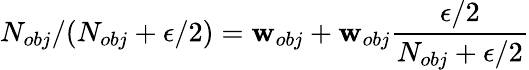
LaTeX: N_{obj}/(N_{obj}+\epsilon/2)=\mathbf{w}_{obj}+\mathbf{w}_{obj}\frac{{\epsilon/2}}{{N_{obj}+\epsilon/2}}